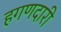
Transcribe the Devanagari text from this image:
हगणदारी